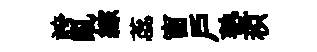
誇亂綜蕊窗戶塾枳